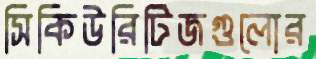
সিকিউরিটিজগুলোর